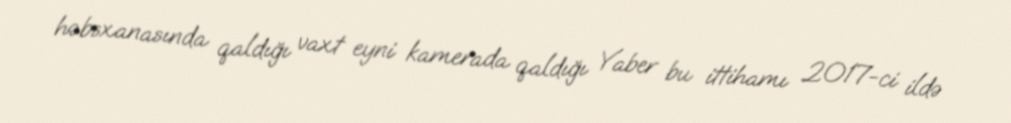
həbsxanasında qaldığı vaxt eyni kamerada qaldığı Yaber bu ittihamı 2017-ci ildə